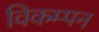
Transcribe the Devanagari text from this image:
विकम्पन